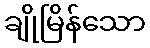
ချိုမြိန်သော